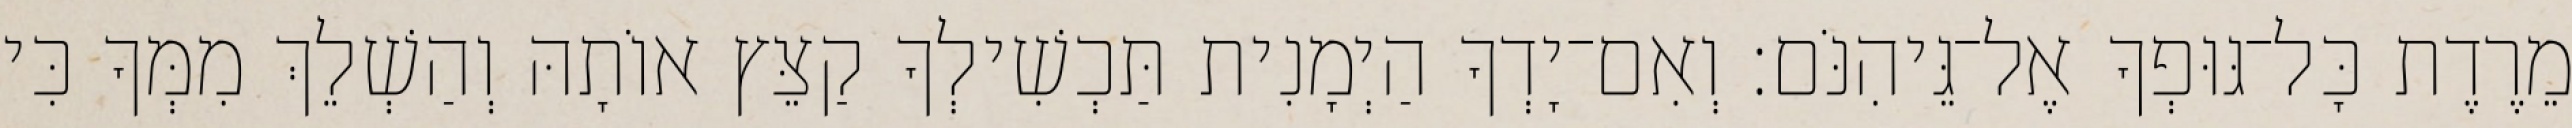
מֵרֶדֶת כָּל־גּוּפְךָ אֶל־גֵּיהִנֹּם׃ וְאִם־יָדְךָ הַיְמָנִית תַּכְשִׁילְךָ קַצֵּץ אוֹתָהּ וְהַשְׁלֵךְ מִמְּךָ כִּי